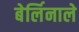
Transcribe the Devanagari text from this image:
बेर्लिनाले